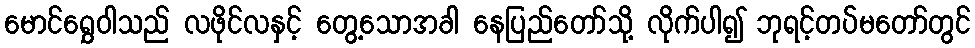
မောင်ရွှေဝါသည် လဖိုင်လနှင့် တွေ့သောအခါ နေပြည်တော်သို့ လိုက်ပါ၍ ဘုရင့်တပ်မတော်တွင်